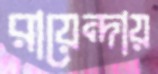
রায়েন্দায়